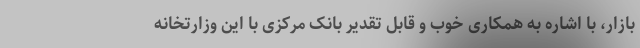
بازار، با اشاره به همکاری خوب و قابل تقدیر بانک مرکزی با این وزارتخانه